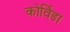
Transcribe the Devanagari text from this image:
कोर्विडा